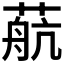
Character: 𦶢